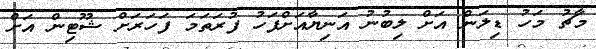
މާޗު މަހު ޑިލަން އަށް ލިބުނު އަނިޔާއަށްފަހު ފުރަތަމަ ފަހަރަށް ޝޫޓިން އަށް